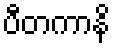
ပီတကာနိ